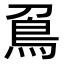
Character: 𠟀